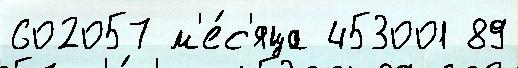
602057 м'е́с'яца 453001 89